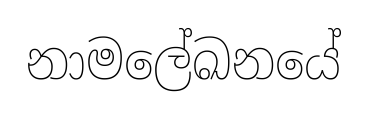
නාමලේඛනයේ